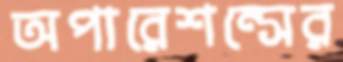
অপারেশন্সের